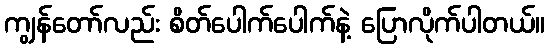
ကျွန်တော်လည်း စိတ်ပေါက်ပေါက်နဲ့ ပြောလိုက်ပါတယ်။